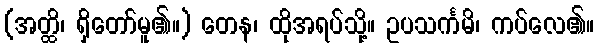
(အတ္ထိ၊ ရှိတော်မူ၏။) တေန၊ ထိုအရပ်သို့။ ဥပသင်္ကမိ၊ ကပ်လေ၏။